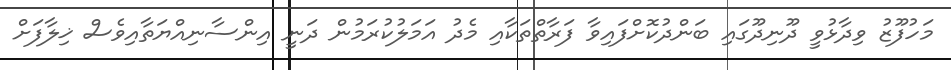
މަހުފޫޒު ވިދާޅުވީ ދޫނިދޫގައި ބަންދުކޮށްފައިވާ ފަރާތްތަކާއި މެދު އަަމަލުކުރަމުން ދަނީ އިންސާނިއްޔަތާއިވެސް ޚިލާފަށް